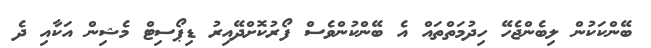
ބޭންކަކުން ލިބެންޖެހޭ ހިދުމަތްތައް އެ ބޭންކުންވެސް ފޯރުކޮށްދޭއިރު ޑިޕޯސިޓް މެޝިން އަކާއި ދެ